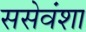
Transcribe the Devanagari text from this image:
ससेवंशा